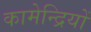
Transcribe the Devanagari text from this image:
कामेन्द्रियों